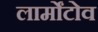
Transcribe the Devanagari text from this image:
लार्मोंटोव